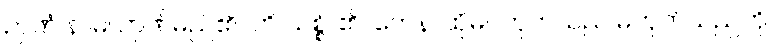
ဉာဏံ နာမ၊ ဉာဏ်မည်၏။ ဟိ သစ္စံ၊ ၏။ တေန၊ ထိုမဂ်ဟုတ်သည် မဟုတ်သည်ကို